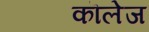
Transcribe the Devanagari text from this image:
कॊलेज